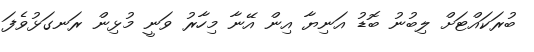
ބުރަކައްޓަށް ލިބުނު ބޮޑު އަނިޔާ އިން އޭނާ މިހާރު ވަނީ މުޅިން ރަނގަޅުވެފަ